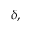
\delta ,